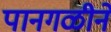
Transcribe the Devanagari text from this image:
पानगळीने